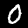
Digit: 0